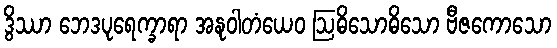
ဒွိဿာ ဘေဒပုရေက္ခာရာ အနုဝါတံယေဝ ဩဓိသောဓိသော ဗီဇကောသော